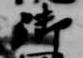
御